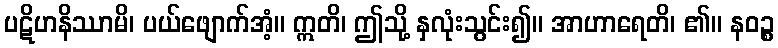
ပဋိဟနိဿာမိ၊ ပယ်ဖျောက်အံ့။ ဣတိ၊ ဤသို့ နှလုံးသွင်း၍။ အာဟာရေတိ၊ ၏။ နဝဉ္စ